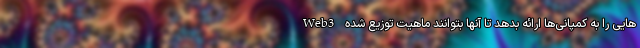
هایی را به کمپانی‌ها ارائه بدهد تا آنها بتوانند ماهیت توزیع شده Web3